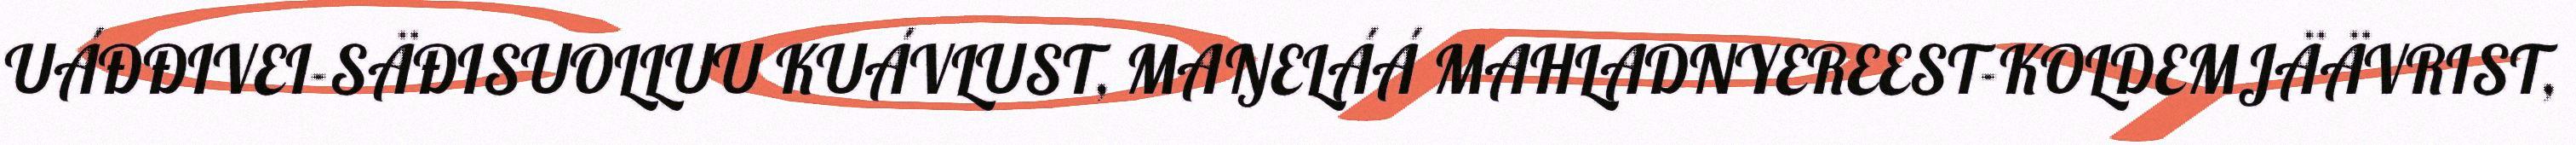
UÁĐĐIVEI-SÄĐISUOLLUU KUÁVLUST, MAŊELÁÁ MAHLADNYEREEST-KOLDEMJÄÄVRIST,